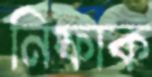
নিফাক